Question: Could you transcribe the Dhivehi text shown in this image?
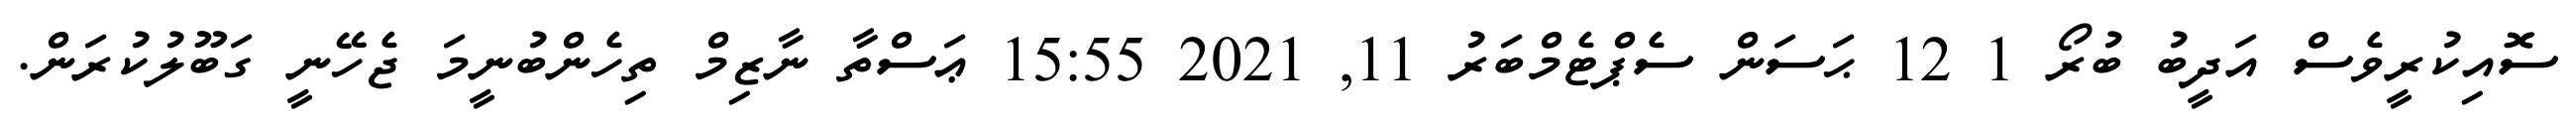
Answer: ސޮއިކުރީވެސް އަދީބު ބުރޯ 1 12 ޙަސަން ސެޕްޓެމްބަރު 11, 2021 15:55 ޢަސްތާ ނާޒިމް ތިހެންބުނީމަ ޖެހޭނީ ގަބޫލުކުރަން.